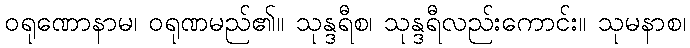
ဝရုဏောနာမ၊ ဝရုဏမည်၏။ သုန္ဒရီစ၊ သုန္ဒရီလည်းကောင်း။ သုမနာစ၊